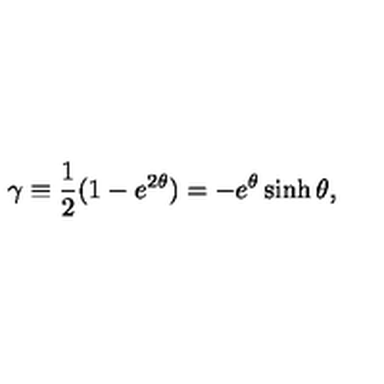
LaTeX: \gamma \equiv { \frac { 1 } { 2 } } ( 1 - e ^ { 2 \theta } ) = - e ^ { \theta } \sinh \theta ,